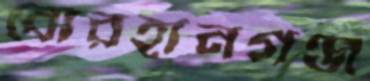
বোরহানগঞ্জ